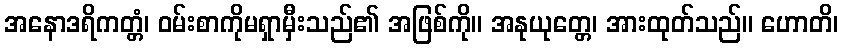
အနောဒရိကတ္တံ၊ ဝမ်းစာကိုမရှာမှီးသည်၏ အဖြစ်ကို။ အနုယုတ္တေ၊ အားထုတ်သည်။ ဟောတိ၊